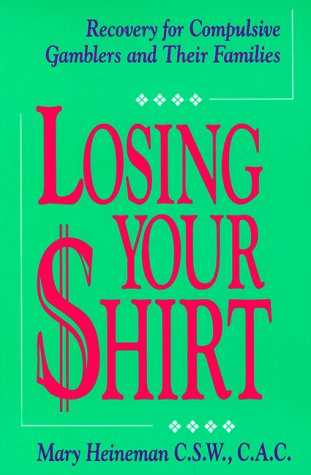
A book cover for Losing Your Shirt: Recovery for Compulsive Gamblers and Their Families; Mary Heineman; Health, Fitness & Dieting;